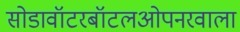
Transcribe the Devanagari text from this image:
सोडावॉटरबॉटलओपनरवाला